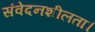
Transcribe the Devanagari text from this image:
संवेदनशीलता।